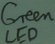
Text: Green LED